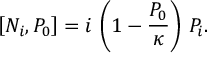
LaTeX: \left[ N _ { i } , P _ { 0 } \right] = i \, \left( 1 - { \frac { P _ { 0 } } { \kappa } } \right) \, P _ { i } .